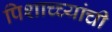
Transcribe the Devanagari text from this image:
पिशाच्च्यांची